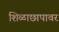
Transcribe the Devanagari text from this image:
शिळाछापावर